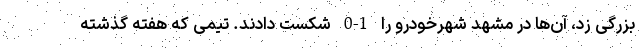
بزرگی زد، آن‌ها در مشهد شهرخودرو را 1-0 شکست دادند. تیمی که هفته گذشته